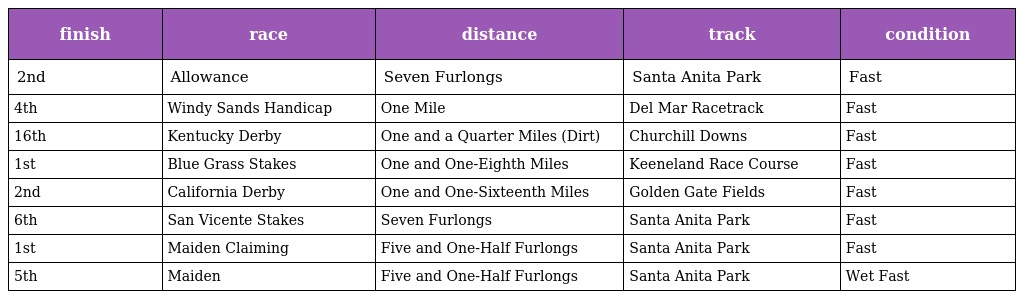
| finish | race | distance | track | condition |
 | --- | --- | --- | --- | --- |
 | 2nd | Allowance | Seven Furlongs | Santa Anita Park | Fast |
 | 4th | Windy Sands Handicap | One Mile | Del Mar Racetrack | Fast |
 | 16th | Kentucky Derby | One and a Quarter Miles (Dirt) | Churchill Downs | Fast |
 | 1st | Blue Grass Stakes | One and One-Eighth Miles | Keeneland Race Course | Fast |
 | 2nd | California Derby | One and One-Sixteenth Miles | Golden Gate Fields | Fast |
 | 6th | San Vicente Stakes | Seven Furlongs | Santa Anita Park | Fast |
 | 1st | Maiden Claiming | Five and One-Half Furlongs | Santa Anita Park | Fast |
 | 5th | Maiden | Five and One-Half Furlongs | Santa Anita Park | Wet Fast |